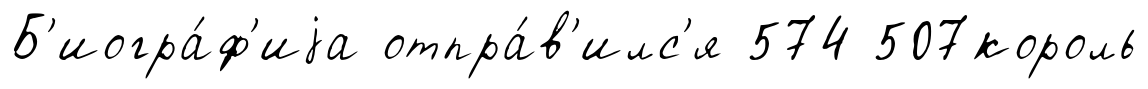
Б'иогра́ф'иjа отпра́в'илс'я 574 507король